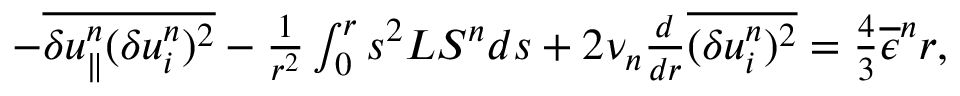
\begin{array} { r } { - \overline { { \delta u _ { \parallel } ^ { n } ( \delta u _ { i } ^ { n } ) ^ { 2 } } } - \frac { 1 } { r ^ { 2 } } \int _ { 0 } ^ { r } s ^ { 2 } { \cal L S } ^ { n } d s + 2 \nu _ { n } \frac { d } { d r } \overline { { ( \delta u _ { i } ^ { n } ) ^ { 2 } } } = \frac { 4 } { 3 } \overline { { \epsilon } } ^ { n } r , } \end{array}